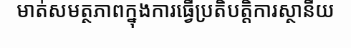
មាត់សមត្ថភាពក្នុងការធ្វើប្រតិបត្តិការស្ថានីយ